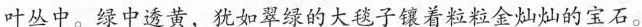
叶丛中。绿中透黄，犹如翠绿的大毯子镶着粒粒金灿灿的宝石。